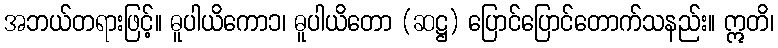
အဘယ်တရားဖြင့်။ ဓူပါယိကော၁၊ ဓူပါယိတော (ဆဋ္ဌ) ပြောင်ပြောင်တောက်သနည်း။ ဣတိ၊